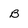
Character: B